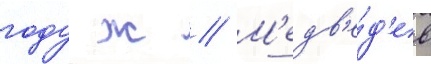
году ж // М'едв'е́д'ев